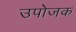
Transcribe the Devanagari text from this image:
उपोजक